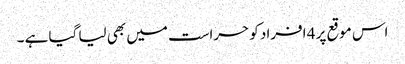
اس موقع پر 4 افراد کو حراست میں بھی لیا گیا ہے ۔